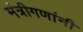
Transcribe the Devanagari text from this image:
मंत्रीगणांनी